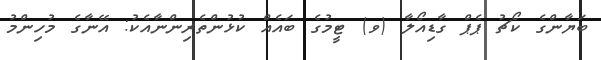
ބަޔާންގެ ކޯޗު ޕެޕް ގާޑިއޯލާ (ވ) ޓީމުގެ ބައެއް ކުޅުންތެރިންނާއެކު: އޭނާގެ މުހިންމު